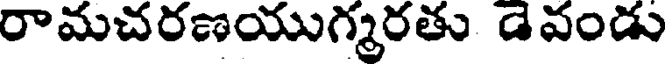
రామచరణయుగ్మరతు డెవండు